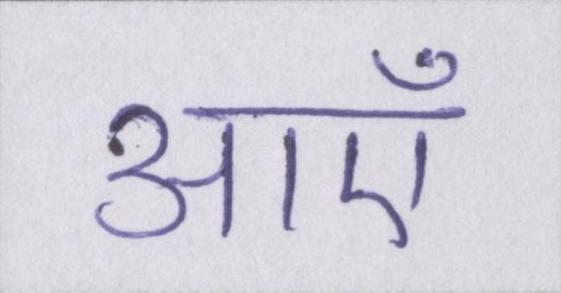
आएँ